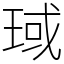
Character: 琙